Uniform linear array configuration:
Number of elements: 64
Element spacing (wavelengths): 0.25
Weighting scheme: blackman
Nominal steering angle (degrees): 60
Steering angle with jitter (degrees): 58.168
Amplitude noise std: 0.05
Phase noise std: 0.05

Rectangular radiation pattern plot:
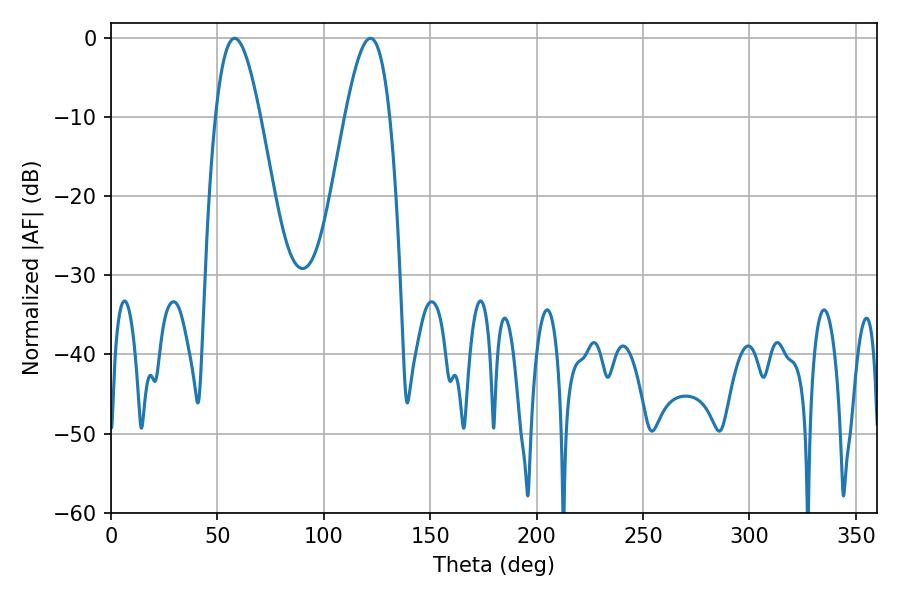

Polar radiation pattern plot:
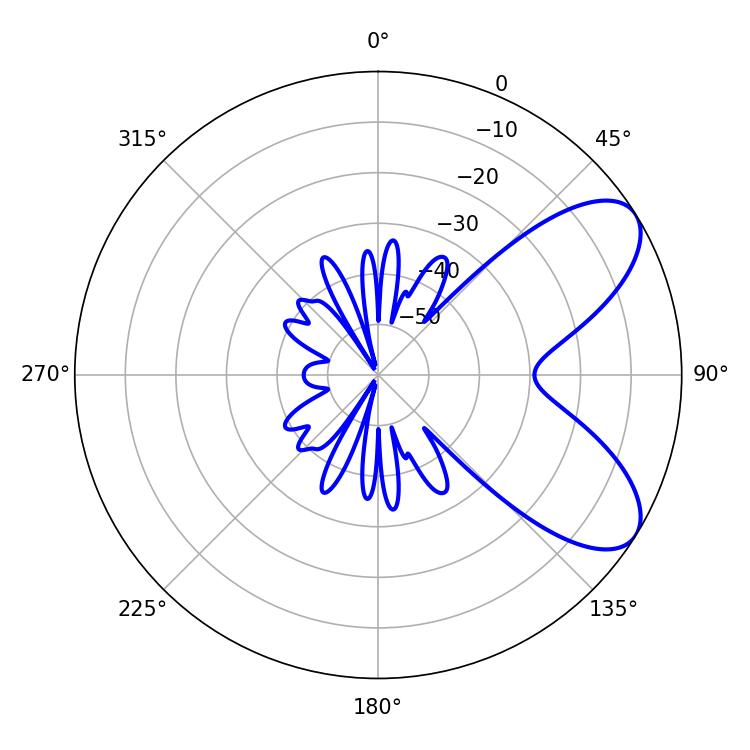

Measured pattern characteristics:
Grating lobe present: FALSE
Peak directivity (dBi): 7.324
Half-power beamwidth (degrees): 11.34
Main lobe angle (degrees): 58.14